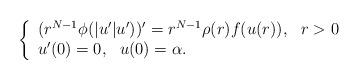
LaTeX: \begin{align*} \left\{\begin{array}{l} (r^{N-1}\phi(|u'|u'))'=r^{N-1}{\rho}(r)f(u(r)),\ \ r>0\\u'(0)=0,\ \ u(0)=\alpha.\end{array}\right.\end{align*}